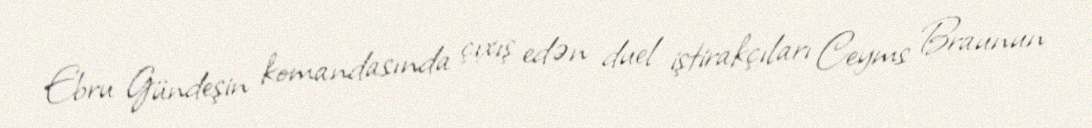
Ebru Gündeşin komandasında çıxış edən duel iştirakçıları Ceyms Braunun